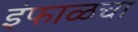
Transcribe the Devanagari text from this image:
इंफाळचा